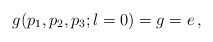
\begin{align*}g(p_1,p_2,p_3;l=0)= g = e\,,\end{align*}